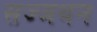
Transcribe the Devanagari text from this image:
सज्जथन